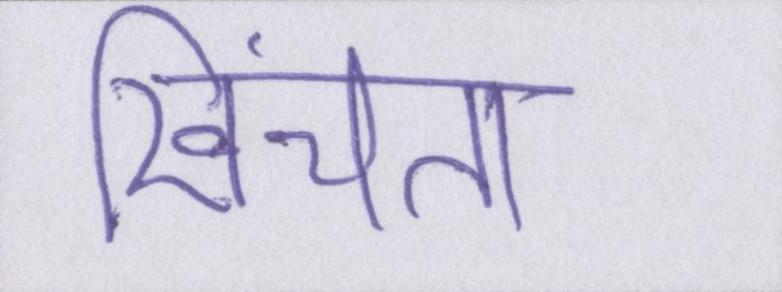
खिंचता